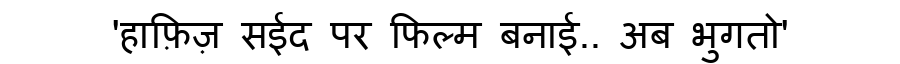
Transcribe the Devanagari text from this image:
'हाफ़िज़ सईद पर फिल्म बनाई.. अब भुगतो'